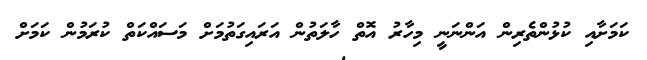
ކަމަށާއި ކުޅުންތެރިން އަންނަނީ މިހާރު އޮތް ހާލަތުން އަރައިގަތުމަށް މަސައްކަތް ކުރަމުން ކަމަށް